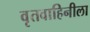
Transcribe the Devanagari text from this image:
वृतवाहिनीला